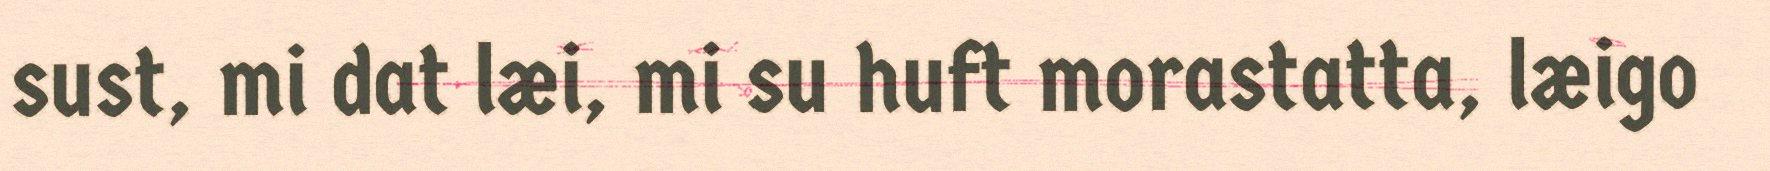
sust, mi dat læi, mi su huft morastatta, læigo